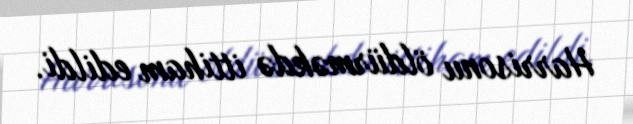
Harrisonu öldürməkdə ittiham edildi.